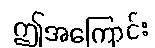
ဤအကြောင်း